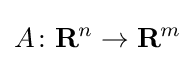
A\colon \mathbf {R} ^{n}\to \mathbf {R} ^{m}